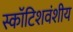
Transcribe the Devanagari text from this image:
स्कॉटिशवंशीय